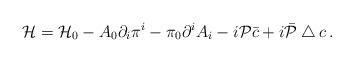
LaTeX: \begin{align*}{\cal H}={\cal H}_0- A_0\partial_i \pi^i - \pi_0\partial^i A_i - i {\cal P}\bar {c} +i\bar{\cal P} \bigtriangleup c\,.\end{align*}